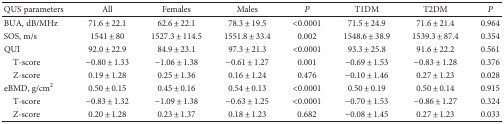
<table><thead><tr><td><b>QUS parameters</b></td><td><b>All</b></td><td><b>Females</b></td><td><b>Males</b></td><td><b><i>P</i></b></td><td><b>T1DM</b></td><td><b>T2DM</b></td><td><b><i>P</i></b></td></tr></thead><tbody><tr><td>BUA, dB/MHz</td><td>71.6 ± 22.1</td><td>62.6 ± 22.1</td><td>78.3 ± 19.5</td><td>&lt;0.0001</td><td>71.5 ± 24.9</td><td>71.6 ± 21.4</td><td>0.964</td></tr><tr><td>SOS, m/s</td><td>1541 ± 80</td><td>1527.3 ± 114.5</td><td>1551.8 ± 33.4</td><td>0.002</td><td>1548.6 ± 38.9</td><td>1539.3 ± 87.4</td><td>0.354</td></tr><tr><td>QUI</td><td>92.0 ± 22.9</td><td>84.9 ± 23.1</td><td>97.3 ± 21.3</td><td>&lt;0.0001</td><td>93.3 ± 25.8</td><td>91.6 ± 22.2</td><td>0.561</td></tr><tr><td> T-score</td><td>−0.80 ± 1.33</td><td>−1.06 ± 1.38</td><td>−0.61 ± 1.27</td><td>0.001</td><td>−0.69 ± 1.53</td><td>−0.83 ± 1.28</td><td>0.376</td></tr><tr><td> Z-score</td><td>0.19 ± 1.28</td><td>0.25 ± 1.36</td><td>0.16 ± 1.24</td><td>0.476</td><td>−0.10 ± 1.46</td><td>0.27 ± 1.23</td><td>0.028</td></tr><tr><td>eBMD, g/cm<sup>2</sup></td><td>0.50 ± 0.15</td><td>0.45 ± 0.16</td><td>0.54 ± 0.13</td><td>&lt;0.0001</td><td>0.50 ± 0.19</td><td>0.50 ± 0.14</td><td>0.915</td></tr><tr><td> T-score</td><td>−0.83 ± 1.32</td><td>−1.09 ± 1.38</td><td>−0.63 ± 1.25</td><td>&lt;0.0001</td><td>−0.70 ± 1.53</td><td>−0.86 ± 1.27</td><td>0.324</td></tr><tr><td> Z-score</td><td>0.20 ± 1.28</td><td>0.23 ± 1.37</td><td>0.18 ± 1.23</td><td>0.682</td><td>−0.08 ± 1.45</td><td>0.27 ± 1.23</td><td>0.033</td></tr></tbody></table>